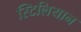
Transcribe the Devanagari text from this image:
स्टिलियान